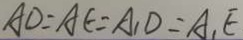
A D = A E = A _ { 1 } D = A _ { 1 } E